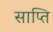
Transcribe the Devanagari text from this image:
साप्ति